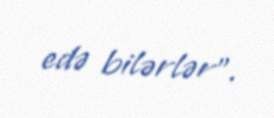
edə bilərlər".